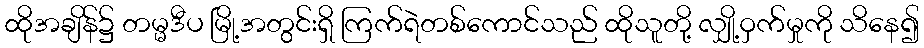
ထိုအချိန်၌ တမ္မဒီပ မြို့အတွင်းရှိ ကြက်ရဲတစ်ကောင်သည် ထိုသူတို့ လျှို့ဝှက်မှုကို သိနေ၍